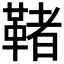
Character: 𩋵